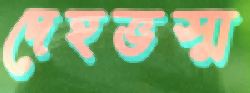
দেহভস্ম